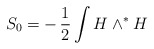
\begin{align*}S_0=-\,\frac{1}{2}\int H\wedge^\ast H\end{align*}